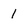
Character: 1